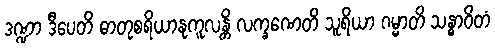
ဒဏ္ဍာ ဒီပေတိ ဓာတုစရိယာနုကူလန္တိ လက္ခဏေတိ သူရိယာ ဂမ္မာတိ သန္ဓာဝိတံ